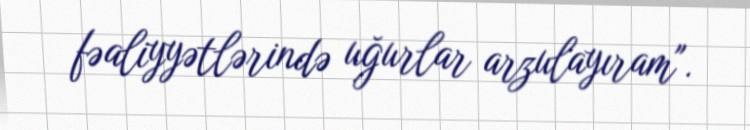
fəaliyyətlərində uğurlar arzulayıram".